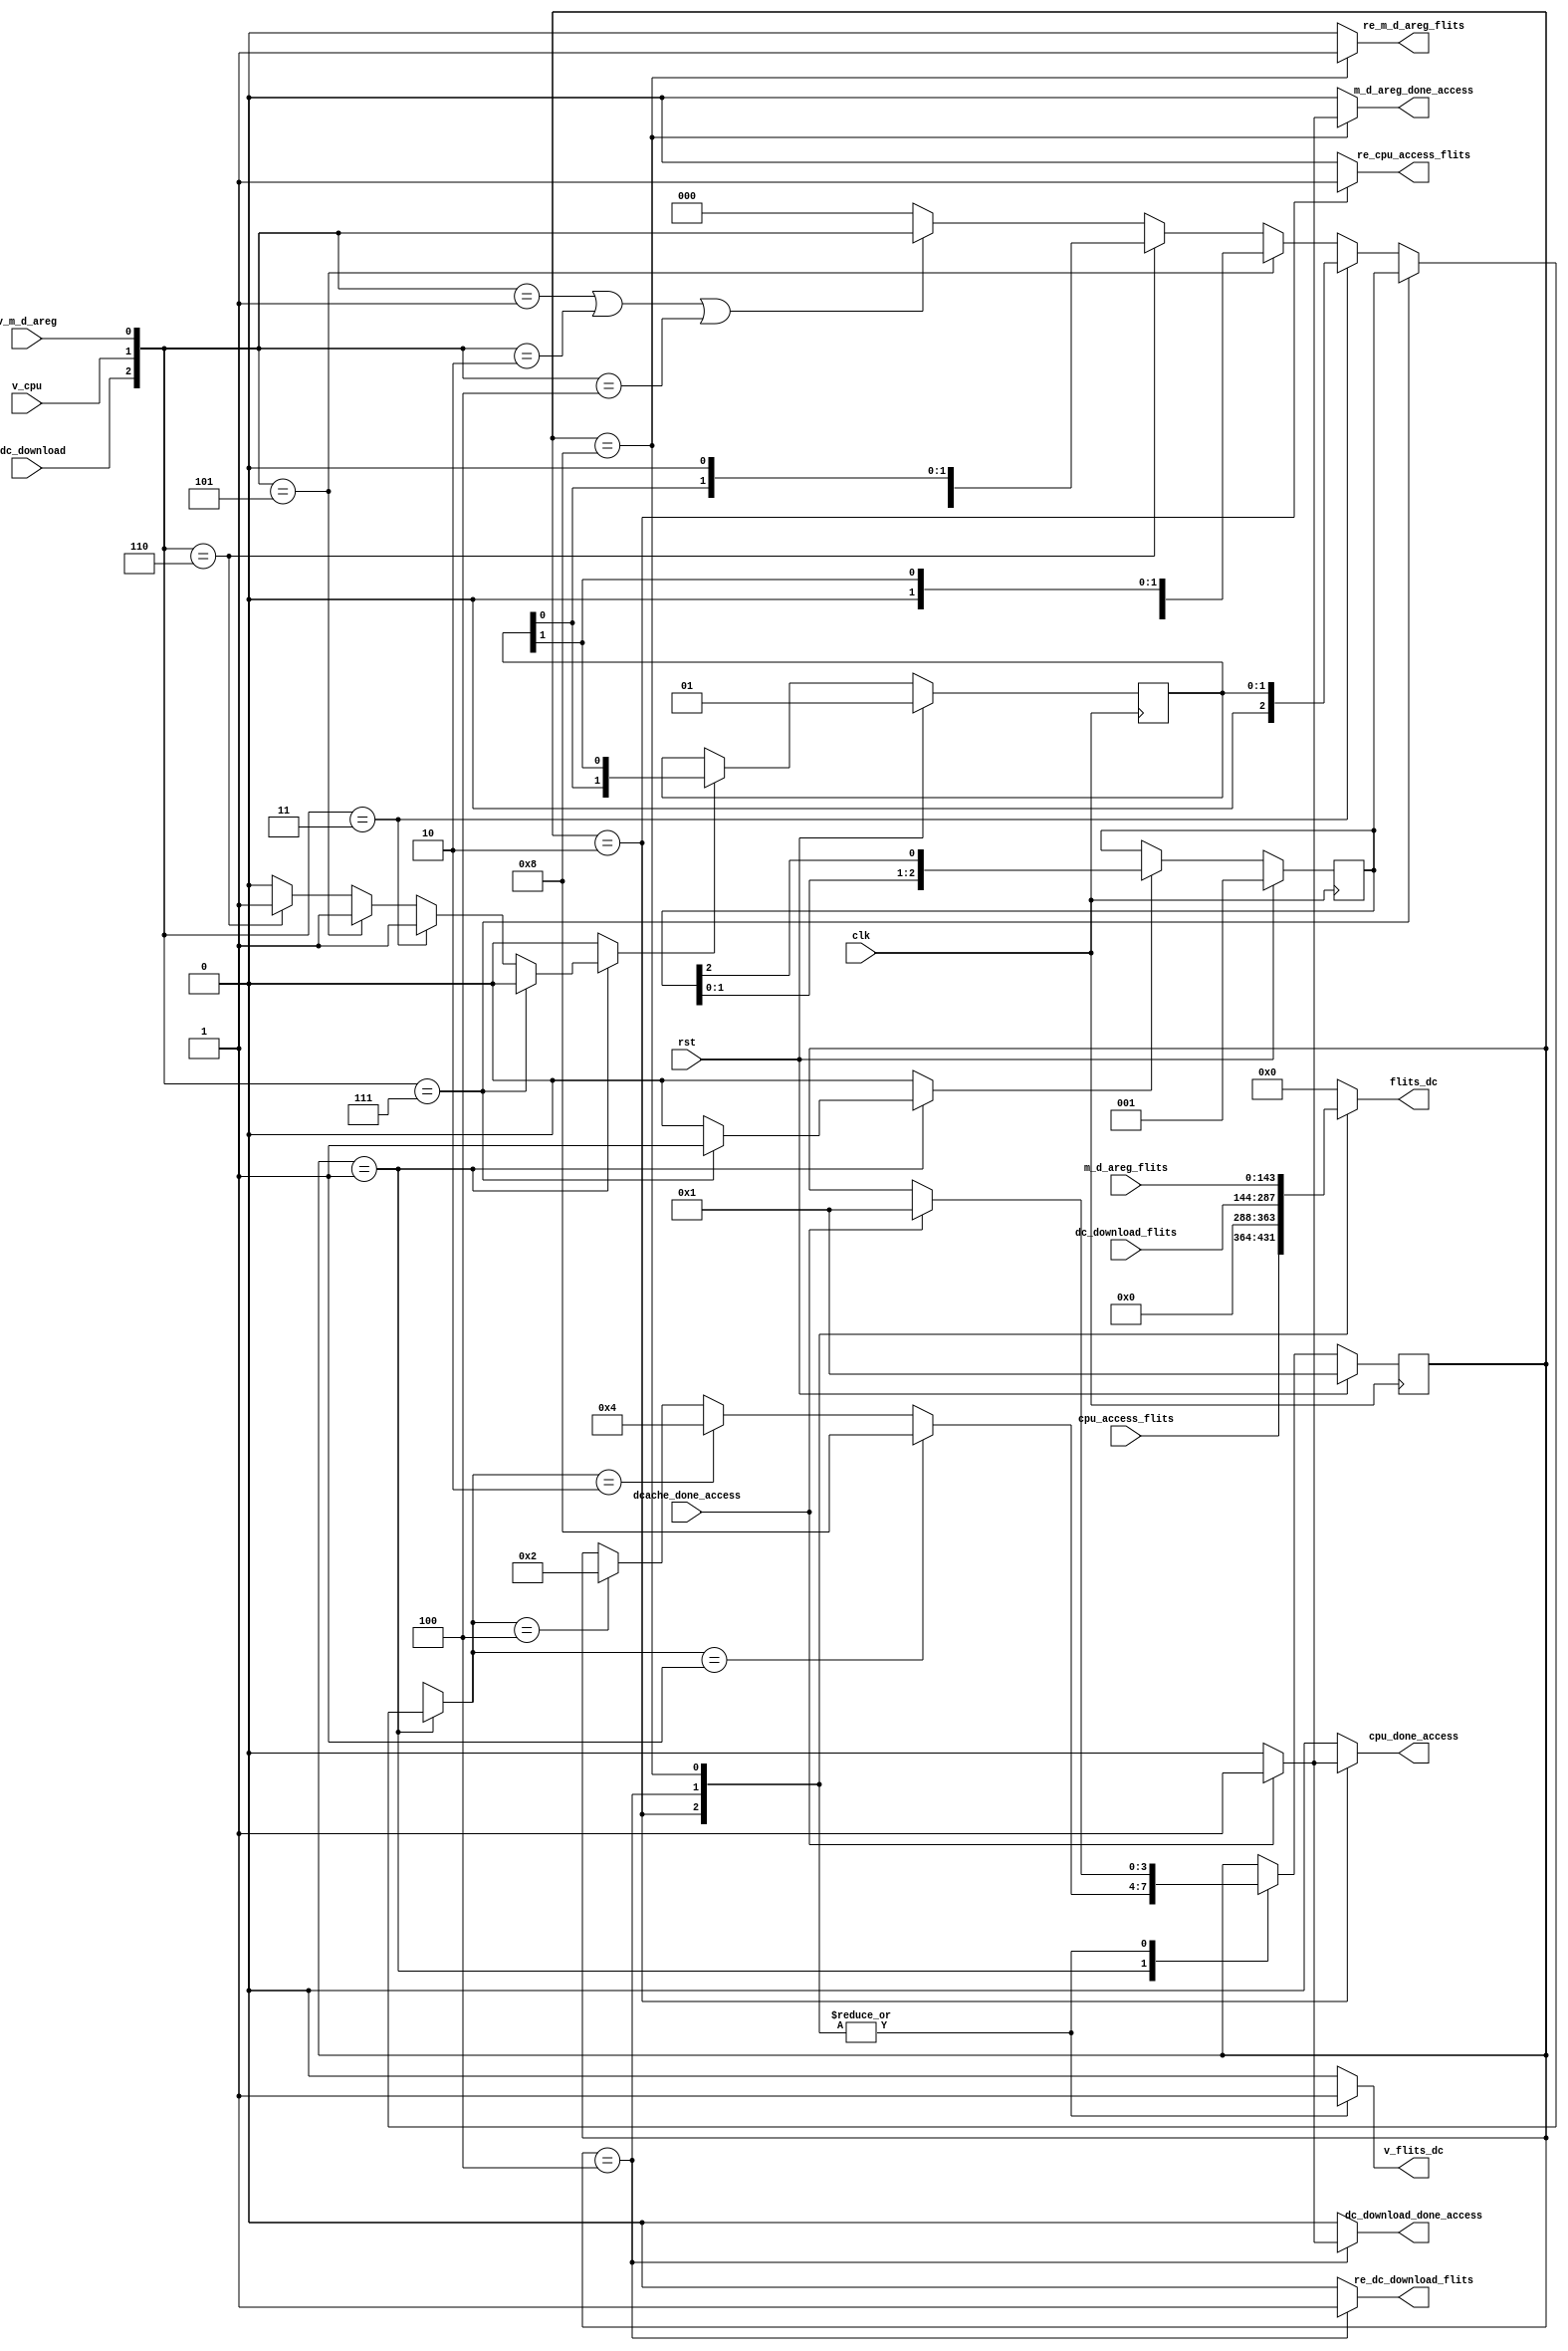
module     arbiter_for_dcache(
                              clk,
                              rst,
                              dcache_done_access,
                              v_dc_download,
                              dc_download_flits,
                              v_cpu,
                              cpu_access_flits,
                              v_m_d_areg,
                              m_d_areg_flits,
                              flits_dc,
                              v_flits_dc,
                              re_dc_download_flits,
                              re_cpu_access_flits,
                              re_m_d_areg_flits,
                              cpu_done_access,
                              dc_download_done_access,
                              m_d_areg_done_access
                              );
input                         clk;
input                         rst;
input                         dcache_done_access;
input                         v_dc_download;
input     [143:0]             dc_download_flits;
input                         v_cpu;
input     [67:0]              cpu_access_flits;
input                         v_m_d_areg;
input     [143:0]             m_d_areg_flits;
output    [143:0]             flits_dc;
output                        v_flits_dc;
output                        re_dc_download_flits;
output                        re_cpu_access_flits;
output                        re_m_d_areg_flits;
output                        cpu_done_access;
output                        dc_download_done_access;
output                        m_d_areg_done_access;
parameter        idle=4'b0001;
parameter        cpu_busy=4'b0010;
parameter        dc_busy=4'b0100;
parameter        mem_busy=4'b1000;
reg    [2:0]   select;
reg            update_priority_3;
reg            update_priority_2;
reg    [3:0]        nstate;
reg    [3:0]        state;
reg            re_cpu_access_flits;
reg            re_dc_download_flits;
reg            re_m_d_areg_flits;
reg            cpu_done_access;
reg            dc_download_done_access;
reg            m_d_areg_done_access;
reg    [143:0] flits_dc;
reg            v_flits_dc;
wire    [2:0]  v_vector;
reg    [2:0]  priority_3;
reg    [1:0]  priority_2;
assign v_vector={v_dc_download,v_cpu,v_m_d_areg};
always@(*)
begin
  select=3'b000;
  update_priority_3=1'b0;
  update_priority_2=1'b0;
  nstate=state;
  re_cpu_access_flits=1'b0;
  re_dc_download_flits=1'b0;
  re_m_d_areg_flits=1'b0;
  cpu_done_access=1'b0;
  dc_download_done_access=1'b0;
  m_d_areg_done_access=1'b0;
  flits_dc=144'h0000;
  v_flits_dc=1'b0;
  case(state)
    idle:
      begin
        if(v_vector==3'b111)
          begin
            select=priority_3;
            update_priority_3=1'b1;
          end
        else if(v_vector==3'b011)
          begin
            select={1'b0,priority_2};
            update_priority_2=1'b1;
          end
        else if(v_vector==3'b101)
          begin
            select={priority_2[0],1'b0,priority_2[1]};
            update_priority_2=1'b1;
          end
        else if(v_vector==3'b110)
          begin
            select={priority_2,1'b0};
            update_priority_2=1'b1;
          end
        else if(v_vector==3'b001||v_vector==3'b010||v_vector==3'b100)
          begin
            select=v_vector;
          end
      if(select==3'b001)
        nstate=mem_busy;
      else if(select==3'b010)
        nstate=dc_busy;
      else if(select==3'b100)
        nstate=cpu_busy;
      end
    cpu_busy:
      begin
        re_cpu_access_flits=1'b1;
        flits_dc={cpu_access_flits,76'h0000};
        v_flits_dc=1'b1;
        if(dcache_done_access)
          begin
            nstate=idle;
            cpu_done_access=1'b1;
          end
      end
    dc_busy:
      begin
        re_dc_download_flits=1'b1;
        flits_dc=dc_download_flits;
        v_flits_dc=1'b1;
        if(dcache_done_access)
          begin
            nstate=idle;
            dc_download_done_access=1'b1;
          end
      end
    mem_busy:
      begin
        re_m_d_areg_flits=1'b1;
        flits_dc=m_d_areg_flits;
        v_flits_dc=1'b1;
        if(dcache_done_access)
          begin
            nstate=idle;
            m_d_areg_done_access=1'b1;
          end
      end
  endcase
end
always@(posedge clk)
begin
  if(rst)
    state<=4'b0001;
  else
    state<=nstate;
end
always@(posedge clk)
begin
  if(rst)
    priority_3<=3'b001;
  else if(update_priority_3)
    priority_3<={priority_3[1:0],priority_3[2]};
end  
always@(posedge clk)
begin
  if(rst)
    priority_2<=2'b01;
  else if(update_priority_2)
    priority_2<={priority_2[0],priority_2[1]};
end    
endmodule